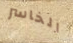
الخاسر